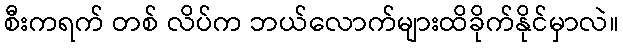
စီးကရက် တစ် လိပ်က ဘယ်လောက်များထိခိုက်နိုင်မှာလဲ။